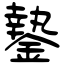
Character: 䥍